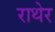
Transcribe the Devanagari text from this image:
राथेर